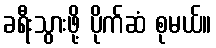
ခရီးသွားဖို့ ပိုက်ဆံ စုမယ်။